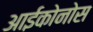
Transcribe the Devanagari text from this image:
आईकोनोस